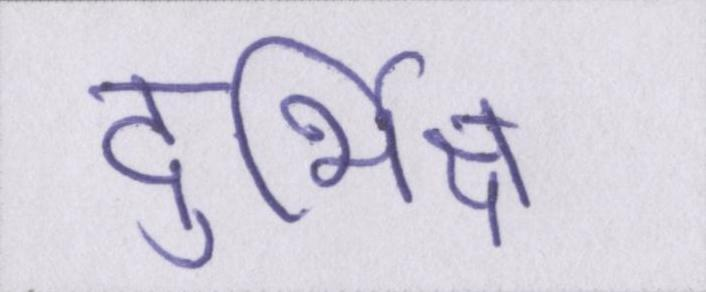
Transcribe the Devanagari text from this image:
दुर्भिक्ष